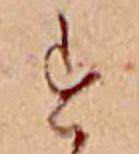
す